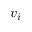
v _ { i }